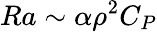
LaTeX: Ra\sim\alpha\rho^{2}C_{P}